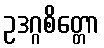
ဥဒဂ္ဂစိတ္တော